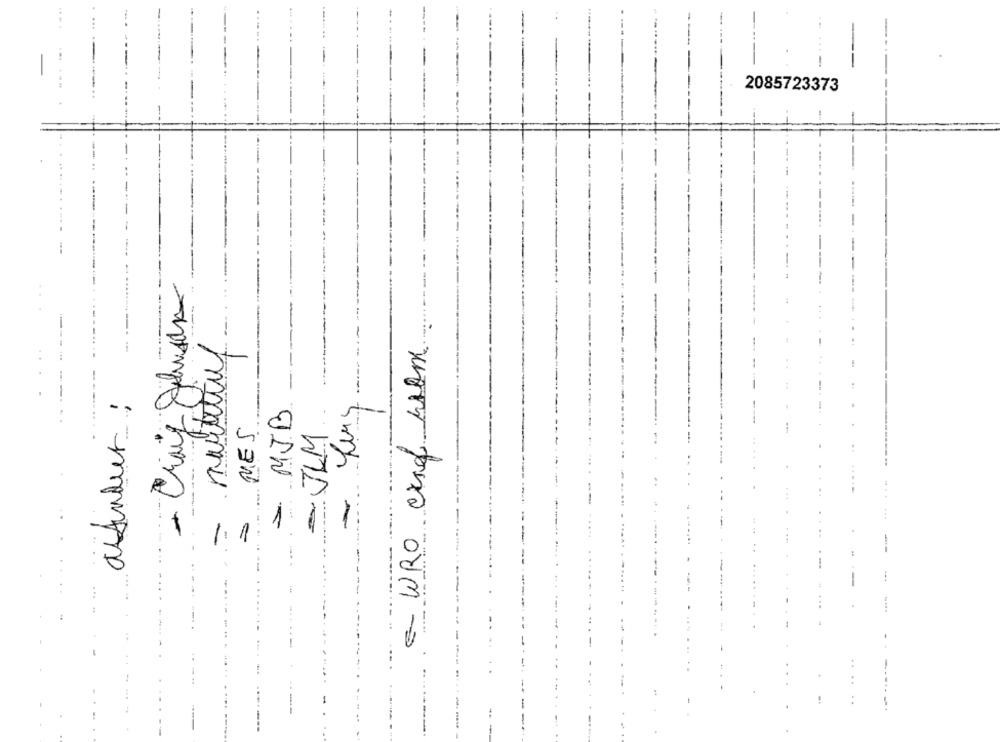
....
-
-
2085723373
martial
WRO eriof whom
MJB
MES
JLM
--
-
1
...
-
..